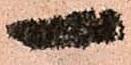
一